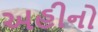
અહીનો